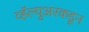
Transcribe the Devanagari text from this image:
व्हॅल्युअरकडून